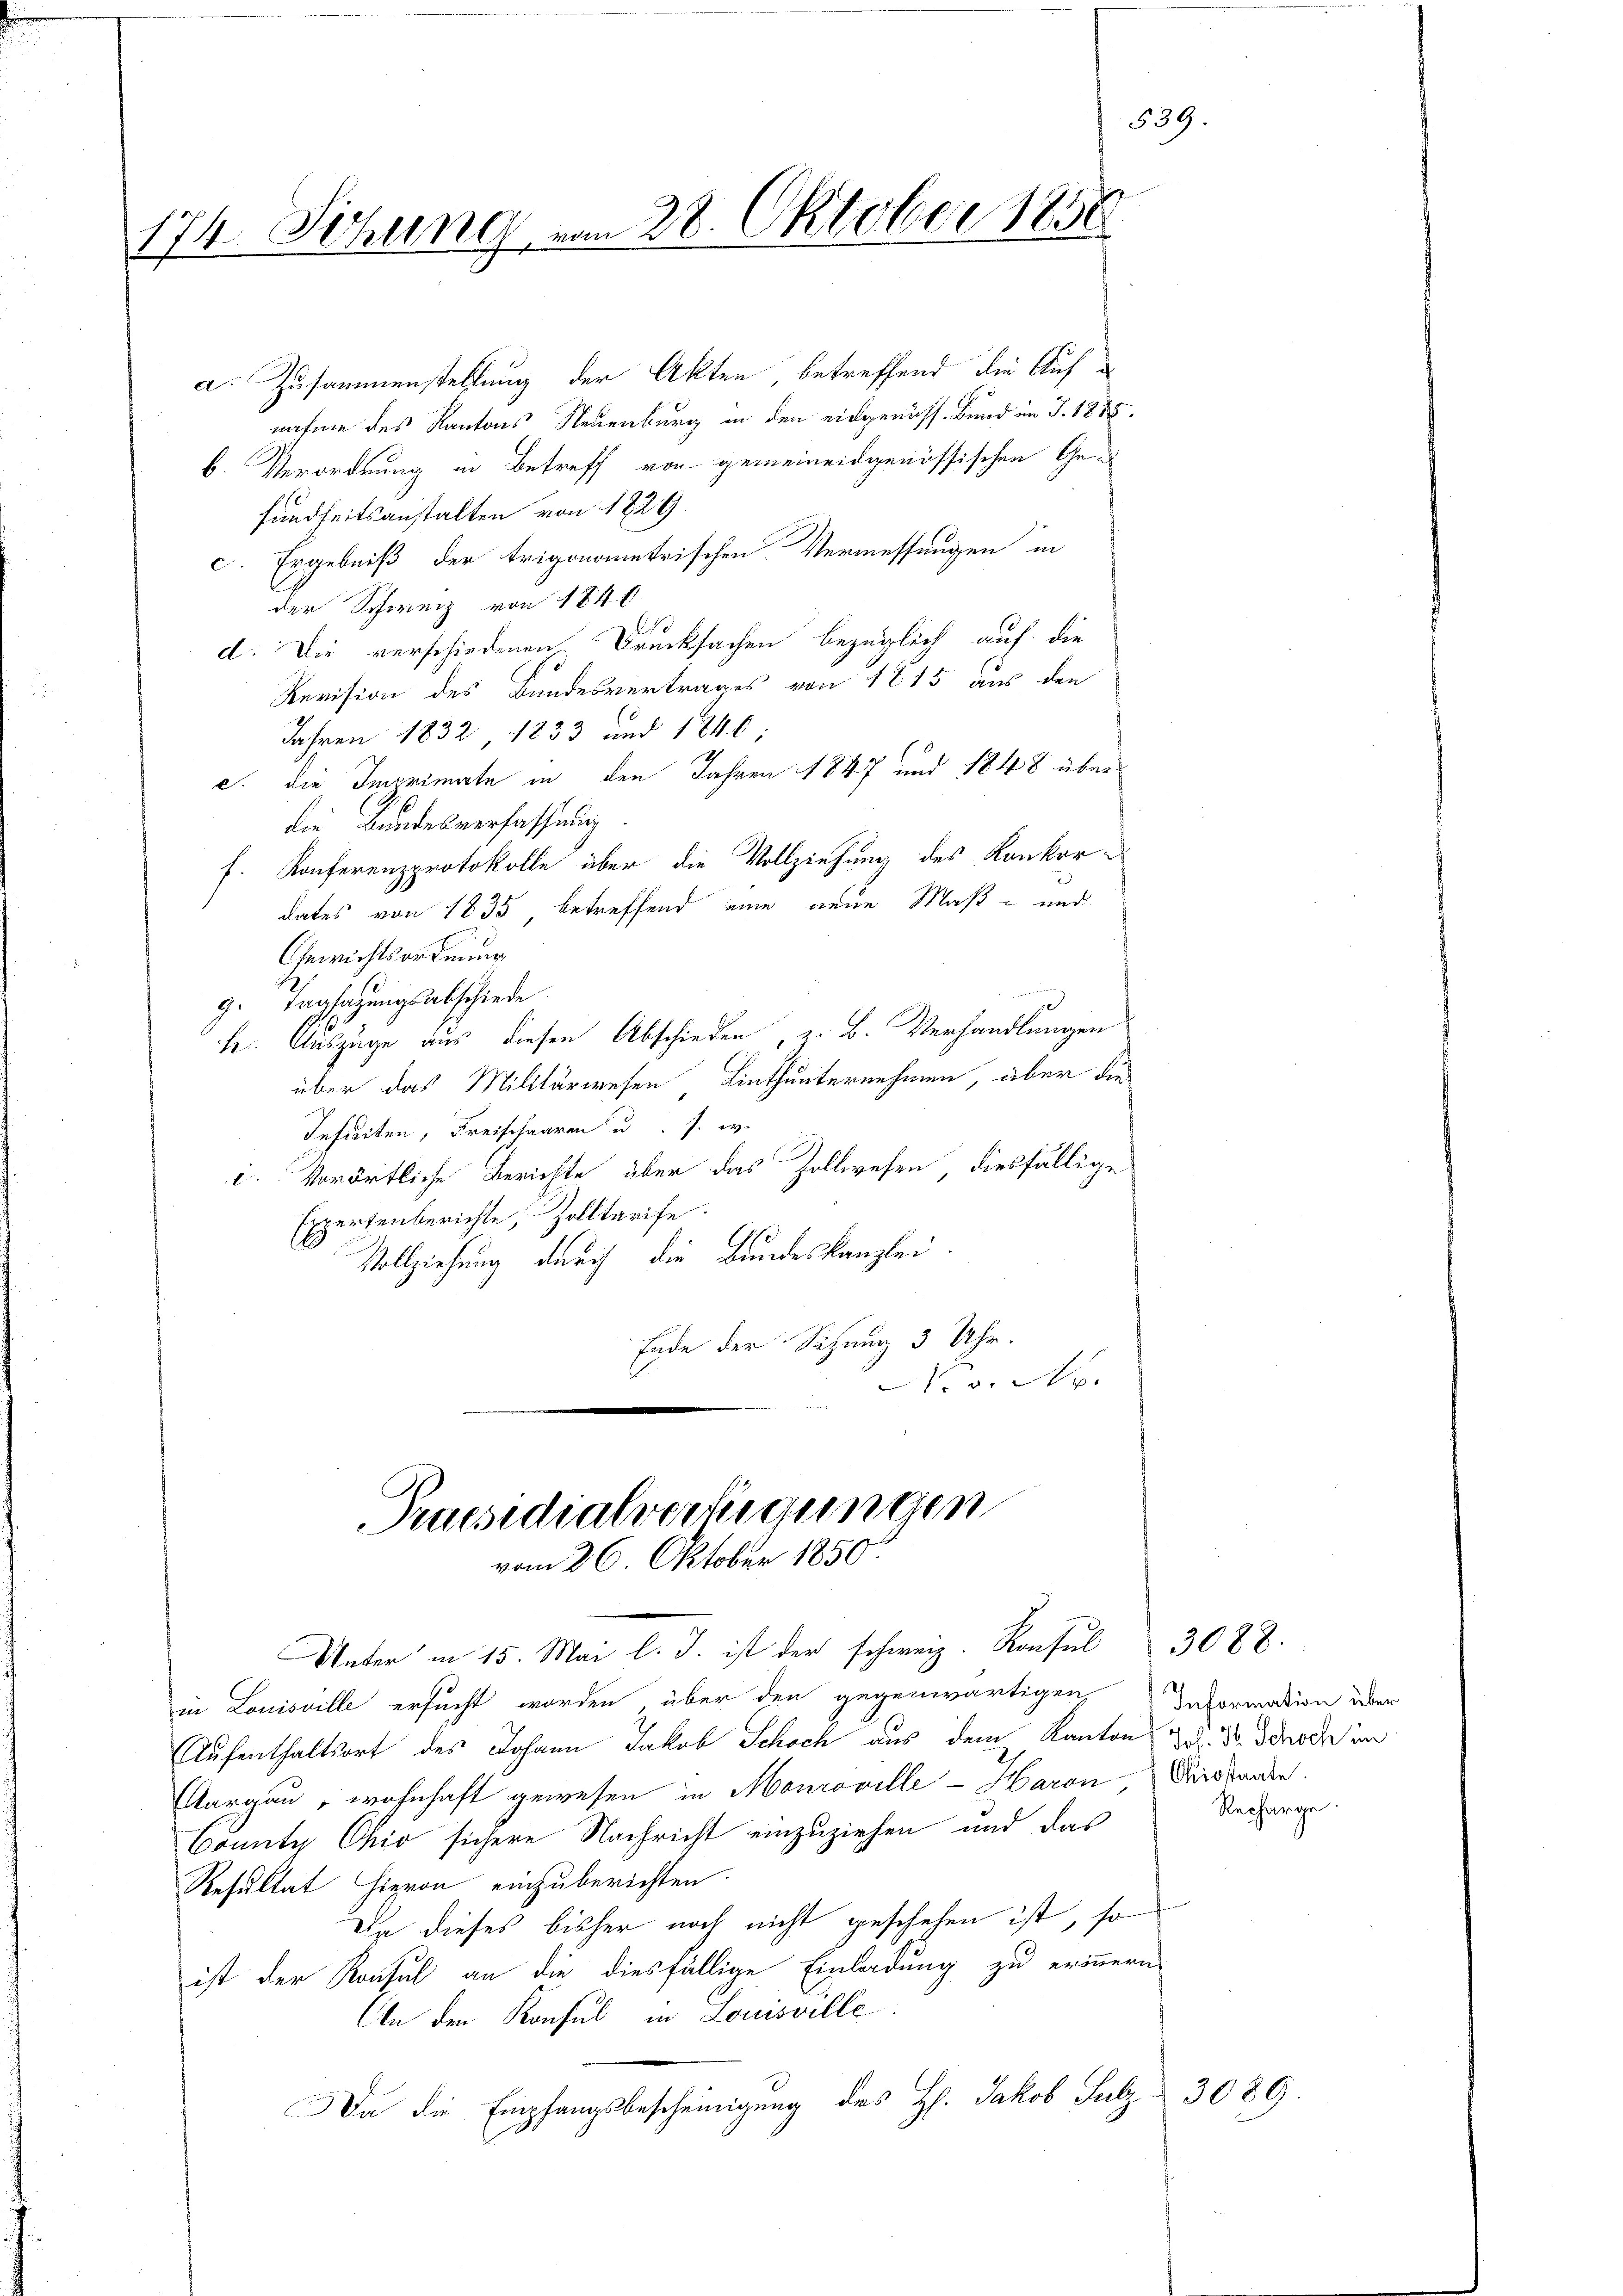
174. Sitzung vom 28. Oktober 1850

a. Zusammenstellung der Akten, betreffend die Aufnahme des Kantons Neuenburg in den eidgenöss. Bund im J. 1885.
b. Verordnung in Betreff von gemeineidgenössischen Gesundheitsanstalten von 1829.
c. Ergebniß der trigonometrischen Vermessungen in
der Schweiz von 1840.
d. Die verschiedenen Drucksachen bezüglich auf die
Revision des Bundesvertrages von 1815 aus den
Jahren 1832 1833 und 1846
c. die Imprimate in den Jahren 1847 und 1848 überdie Bundesverfassung.
f. Konferenzprotokolle über die Vollziehung des Konkordates von 1835, betreffend eine neue Maß- und
Gewichtsordnung
g. Tagsazungsabschiede
ke. Auszüge aus diesen Abschieden, z. B. Verhandlungen
über das Militärwesen Linthunternehmen, aber die
Infurten, Freischaaren u. s. w.
c. Vorörtliche Berichte über das Zollwesen, diesfällige
Expertenberichte, Zolltarife
Vollziehung durch die Bundeskanzlei.
Ende der Sitzung 3 Uhr.
 v. M.

Praesidialverfügungen
vom 26. Oktober 1850.

539.

Unter in 15. Mai l. J. ist der schweiz. Konsul 3088.
in Louisville ersucht worden über den gegenwärtigen Information über
Aufenthaltsort des Johann Jakob Schoch aus dem Kanton 2. 3. Brock im
Aargau, wohnhaft gewesen in Mouroville - Haron, Distanden.
Bönuty Ohio sichere Nachricht einzuziehen und das
Resultat hievon einzuberichten.
Dr dieses bisher noch nicht geschehen ist, so
ist der Konsul an die diesfällige Einladung zu erinnern,
An den Konsul in Louisville
Da die Empfangsbescheinigung des Hs. Jakob Sulz & 3089.

Recharge